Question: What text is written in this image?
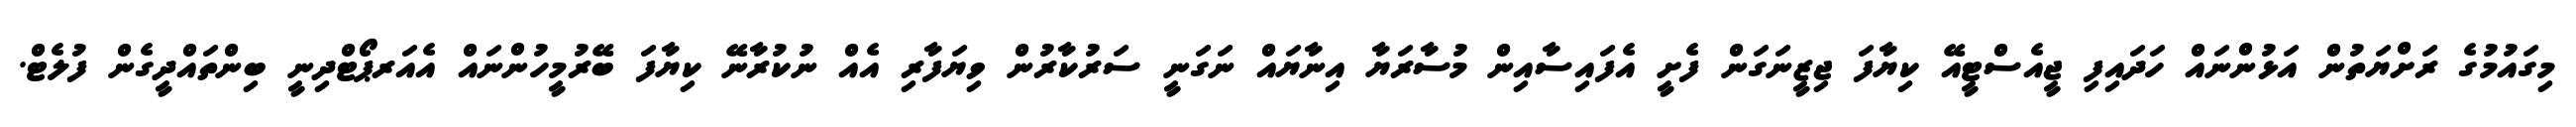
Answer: މިގައުމުގެ ރަށްޔަތުން އަޅުންނައް ހަދައިފި ޖީއެސްޓީއޭ ކިޔާފަ ޖިޒީނަގަން ފެށީ އެފައިސާއިން މުސާރަޔާ އިނާޔައް ނަގަނީ ސަރުކާރުން ވިޔަފާރި އެއް ނުކުރާނޭ ކިޔާފަ ބޭރުމީހުންނައް އެއަރޕޯޓްދިނީ ބިންތައްދީގެން ފުލެޓް.